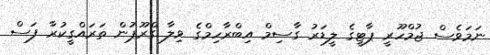
ނަމަވެސް ޖުމްހޫރީ ޕާޓީގެ ލީޑަރު ގާސިމް އިބްރާހިމްގެ ވިލާ ގްރޫޕުން ތަރައްގީކުރާ ފަސް